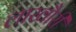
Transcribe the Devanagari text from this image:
लाखौरी